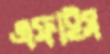
এফাইস